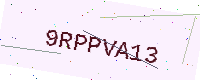
Text: 9RPPVA13